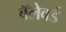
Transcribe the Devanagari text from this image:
बॅलेवर्ड